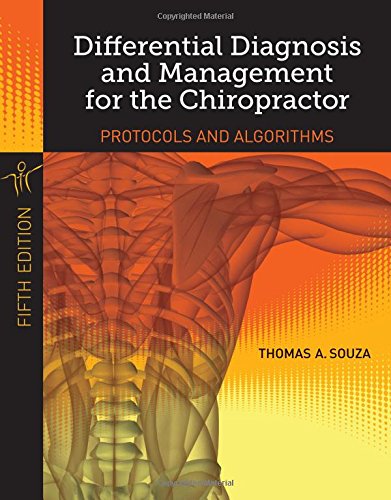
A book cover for Differential Diagnosis And Management For The Chiropractor; Thomas A. Souza; Medical Books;